Lunatic asylums Central Provinces reports 1895-1909 - 1895-1909
Year: 1895
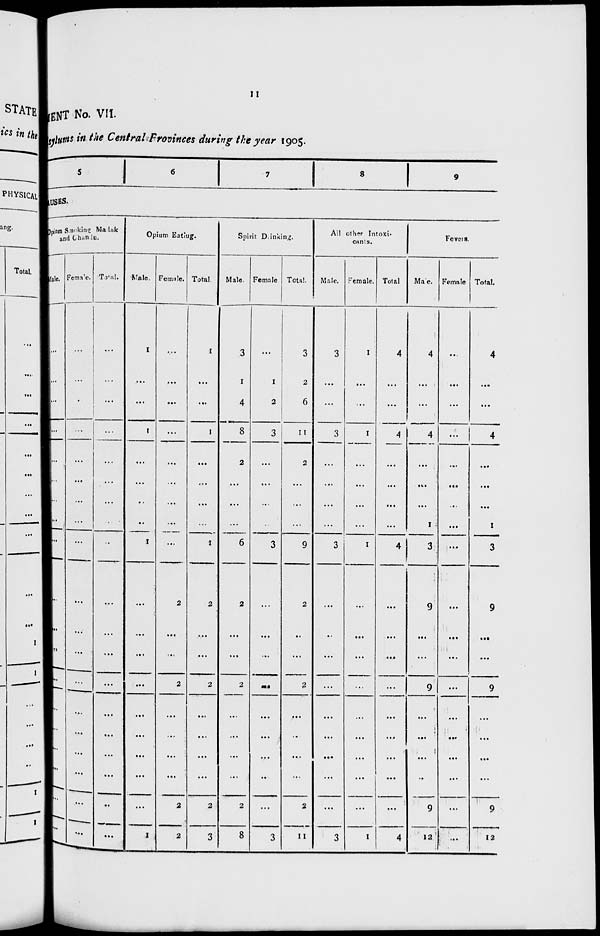
11
MENT No. VII.
sylums in the Central Provinces during the year 1905.
5
6
7
8
9
USES.
Opium Smoking Madak
and Chandu.
Male.
...
...
...
...
...
...
...
...
...
...
...
...
...
...
...
...
...
...
...
Female.
...
...
...
...
...
...
...
...
...
...
...
...
...
...
...
...
...
...
...
Total.
...
...
...
...
...
...
...
...
...
...
...
...
...
...
...
...
...
...
...
Opium Eating.
Male.
1
...
...
1
...
...
...
...
1
...
...
...
...
...
...
...
...
...
1
Female.
...
...
...
...
...
...
...
...
...
2
...
...
2
...
...
...
...
2
2
Total.
1
...
...
1
...
...
...
...
1
2
...
...
2
...
...
...
...
2
3
Spirit Drinking.
Male.
3
1
4
8
2
...
...
...
6
2
...
...
2
...
...
...
...
2
8
Female
...
1
2
3
...
...
...
...
3
...
...
...
...
...
...
...
...
...
3
Total.
3
2
6
11
2
...
...
...
9
2
...
...
2
...
...
...
...
2
11
All other Intoxi-
cants.
Male.
3
...
...
3
...
...
...
...
3
...
...
...
...
...
...
...
...
...
3
Female.
1
...
...
1
...
...
...
...
1
...
...
...
...
...
...
...
...
...
1
Total
4
...
...
4
...
...
...
...
4
...
...
...
...
...
...
...
...
...
4
Fevers.
Male.
4
...
...
4
...
...
...
1
3
9
...
...
9
...
...
...
...
9
12
Female
...
...
...
...
...
...
...
...
...
...
...
...
...
...
...
...
...
...
...
Total.
4
...
...
4
...
...
...
1
3
9
...
...
9
...
...
...
...
9
12